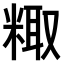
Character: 𫃂